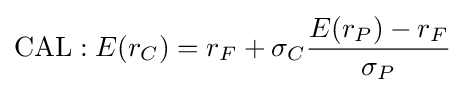
\mathrm {CAL} :E(r_{C})=r_{F}+\sigma _{C}{\frac {E(r_{P})-r_{F}}{\sigma _{P}}}